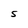
Character: S